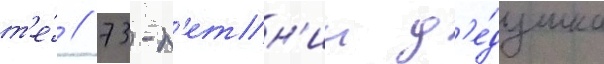
т'е́ // 73-л'етн'ии д'е́душка